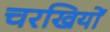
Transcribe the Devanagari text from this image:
चरखियों